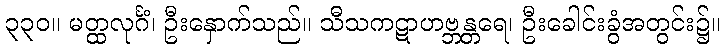
၃၃၀။ မတ္ထလုင်္ဂံ၊ ဦးနှောက်သည်။ သီသကဋာဟဗ္ဘန္တရေ၊ ဦးခေါင်းခွံအတွင်း၌။